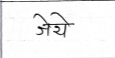
मजकूर: जेये